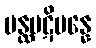
ပန္ထပဋိပန္နေ